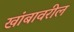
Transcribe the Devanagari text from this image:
खांबावरील